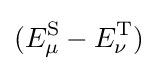
(E_{\mu }^{\text{S}}-E_{\nu }^{\text{T}})